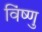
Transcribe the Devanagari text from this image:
विंष्णु